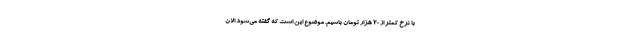
با نرخ کمتر از 20 هزار تومان باشیم. موضوع این است که گفته می‌شود الان